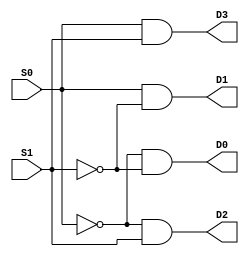
module mux (
    input S0, 
    input S1, 
    output D0, D1, D2, D3
);
    wire S0comp, S1comp;
    
    not n1(S0comp, S0);
    not n2(S1comp, S1);

    and a1(D0, S0comp, S1comp);
    and a2(D1, S0, S1comp);
    and a3(D2, S0comp, S1);
    and a4(D3, S0, S1);
endmodule

module adder (
    input [63:0] A, 
    input [63:0] B, 
    input M, 
    output [63:0] sum
);
    genvar i;
    wire [64:0] C;
    wire [63:0] AXORB, BXORM;
    wire [63:0] AND1, AND2;

    assign C[0] = M;

    generate
        for (i = 0; i <= 63; i = i + 1) 
        begin 
            xor x1(BXORM[i], C[0], B[i]);
            xor x2(AXORB[i], A[i], BXORM[i]);
            xor x3(sum[i], AXORB[i], C[i]);
            and a1(AND1[i], A[i], BXORM[i]);
            and a2(AND2[i], AXORB[i], C[i]);
            or o1(C[i+1], AND1[i], AND2[i]);
        end
    endgenerate
endmodule

module subtractor (
    input [63:0] A, 
    input [63:0] B, 
    input M, 
    output [63:0] diff
);
    genvar i;
    wire [64:0] C;
    wire [63:0] AXORB, BXORM;
    wire [63:0] AND1, AND2;

    assign C[0] = M;

    generate    
        for (i = 0; i <= 63; i = i + 1) 
        begin 
            xor x1(BXORM[i], C[0], B[i]);
            xor x2(AXORB[i], A[i], BXORM[i]);
            xor x3(diff[i], AXORB[i], C[i]);
            and a1(AND1[i], A[i], BXORM[i]);
            and a2(AND2[i], AXORB[i], C[i]);
            or o1(C[i+1], AND1[i], AND2[i]);
        end
    endgenerate
endmodule

module andder (
    input [63:0] A, 
    input [63:0] B, 
    output [63:0] and_out
);
    genvar i;
    generate
        for (i = 0; i <= 63; i = i + 1) 
        begin 
            and a1(and_out[i], A[i], B[i]);
        end
    endgenerate
endmodule

module xor_calc (
    input [63:0] A, 
    input [63:0] B, 
    output [63:0] xor_out
);
    genvar i;
    generate
        for (i = 0; i <= 63; i = i + 1) 
        begin 
            xor x1(xor_out[i], A[i], B[i]);
        end
    endgenerate
endmodule

//Final Implementation
module final (
    input S0, 
    input S1, 
    input [63:0] A, 
    input [63:0] B, 
    output [63:0] sum, 
    output [63:0] diff, 
    output [63:0] and_out, 
    output [63:0] xor_out, 
    output reg overflow
);
    wire D0, D1, D2, D3;
    mux d1(S0, S1, D0, D1, D2, D3);
    wire [63:0] Aadd, Badd, Asub, Bsub, Aand, Band, Axor, Bxor;
    genvar i;
    generate
        for (i = 0; i <= 63; i = i + 1) 
        begin 
            and a1(Aadd[i], A[i], D0);
            and a2(Badd[i], B[i], D0);
            and a3(Asub[i], A[i], D1);
            and a4(Bsub[i], B[i], D1);
            and a5(Aand[i], A[i], D2);
            and a6(Band[i], B[i], D2);
            and a7(Axor[i], A[i], D3);
            and a8(Bxor[i], B[i], D3);
        end
    endgenerate

    adder add1(.A(Aadd), .B(Badd), .M(D1), .sum(sum));
    subtractor sub1(.A(Asub), .B(Bsub), .M(D1), .diff(diff));
    andder and1(.A(Aand), .B(Band), .and_out(and_out));  
    xor_calc xor1(.A(Axor), .B(Bxor), .xor_out(xor_out));

    always @* begin 
        if ((S0 == 0) && (S1 == 0)) begin
            if (((Aadd > 0) && (Badd > 0) && (sum < 0)) || ((sum >= 0) && (Aadd < 0) && (Badd < 0))) begin
                overflow = 1;
            end
            else begin
                overflow = 0;
            end
        end
        else begin
            overflow = 0;
        end
    end

    always @* begin
        if ((S0 == 1) && (S1 == 0)) begin
            if (((Asub > 0) && (Bsub < 0) && (diff < 0)) || ((diff > 0) && (Asub < 0) && (Bsub > 0))) begin
                overflow = 1;
            end
            else begin
                overflow = 0;
            end
        end
        else begin
            overflow = 0;
        end
    end
endmodule